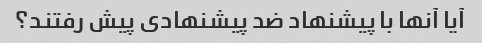
آیا آنها با پیشنهاد ضد پیشنهادی پیش رفتند؟